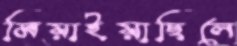
মিয়াইয়াছিলে